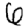
Digit: 6